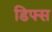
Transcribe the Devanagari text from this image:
डिफ्स